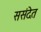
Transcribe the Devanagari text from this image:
ससंदेत